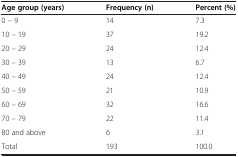
<table><thead><tr><td><b>Age group (years)</b></td><td><b>Frequency (n)</b></td><td><b>Percent (%)</b></td></tr></thead><tbody><tr><td>0 – 9</td><td>14</td><td>7.3</td></tr><tr><td>10 – 19</td><td>37</td><td>19.2</td></tr><tr><td>20 – 29</td><td>24</td><td>12.4</td></tr><tr><td>30 – 39</td><td>13</td><td>6.7</td></tr><tr><td>40 – 49</td><td>24</td><td>12.4</td></tr><tr><td>50 – 59</td><td>21</td><td>10.9</td></tr><tr><td>60 – 69</td><td>32</td><td>16.6</td></tr><tr><td>70 – 79</td><td>22</td><td>11.4</td></tr><tr><td>80 and above</td><td>6</td><td>3.1</td></tr><tr><td>Total</td><td>193</td><td>100.0</td></tr></tbody></table>